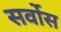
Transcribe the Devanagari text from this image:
सर्वोस